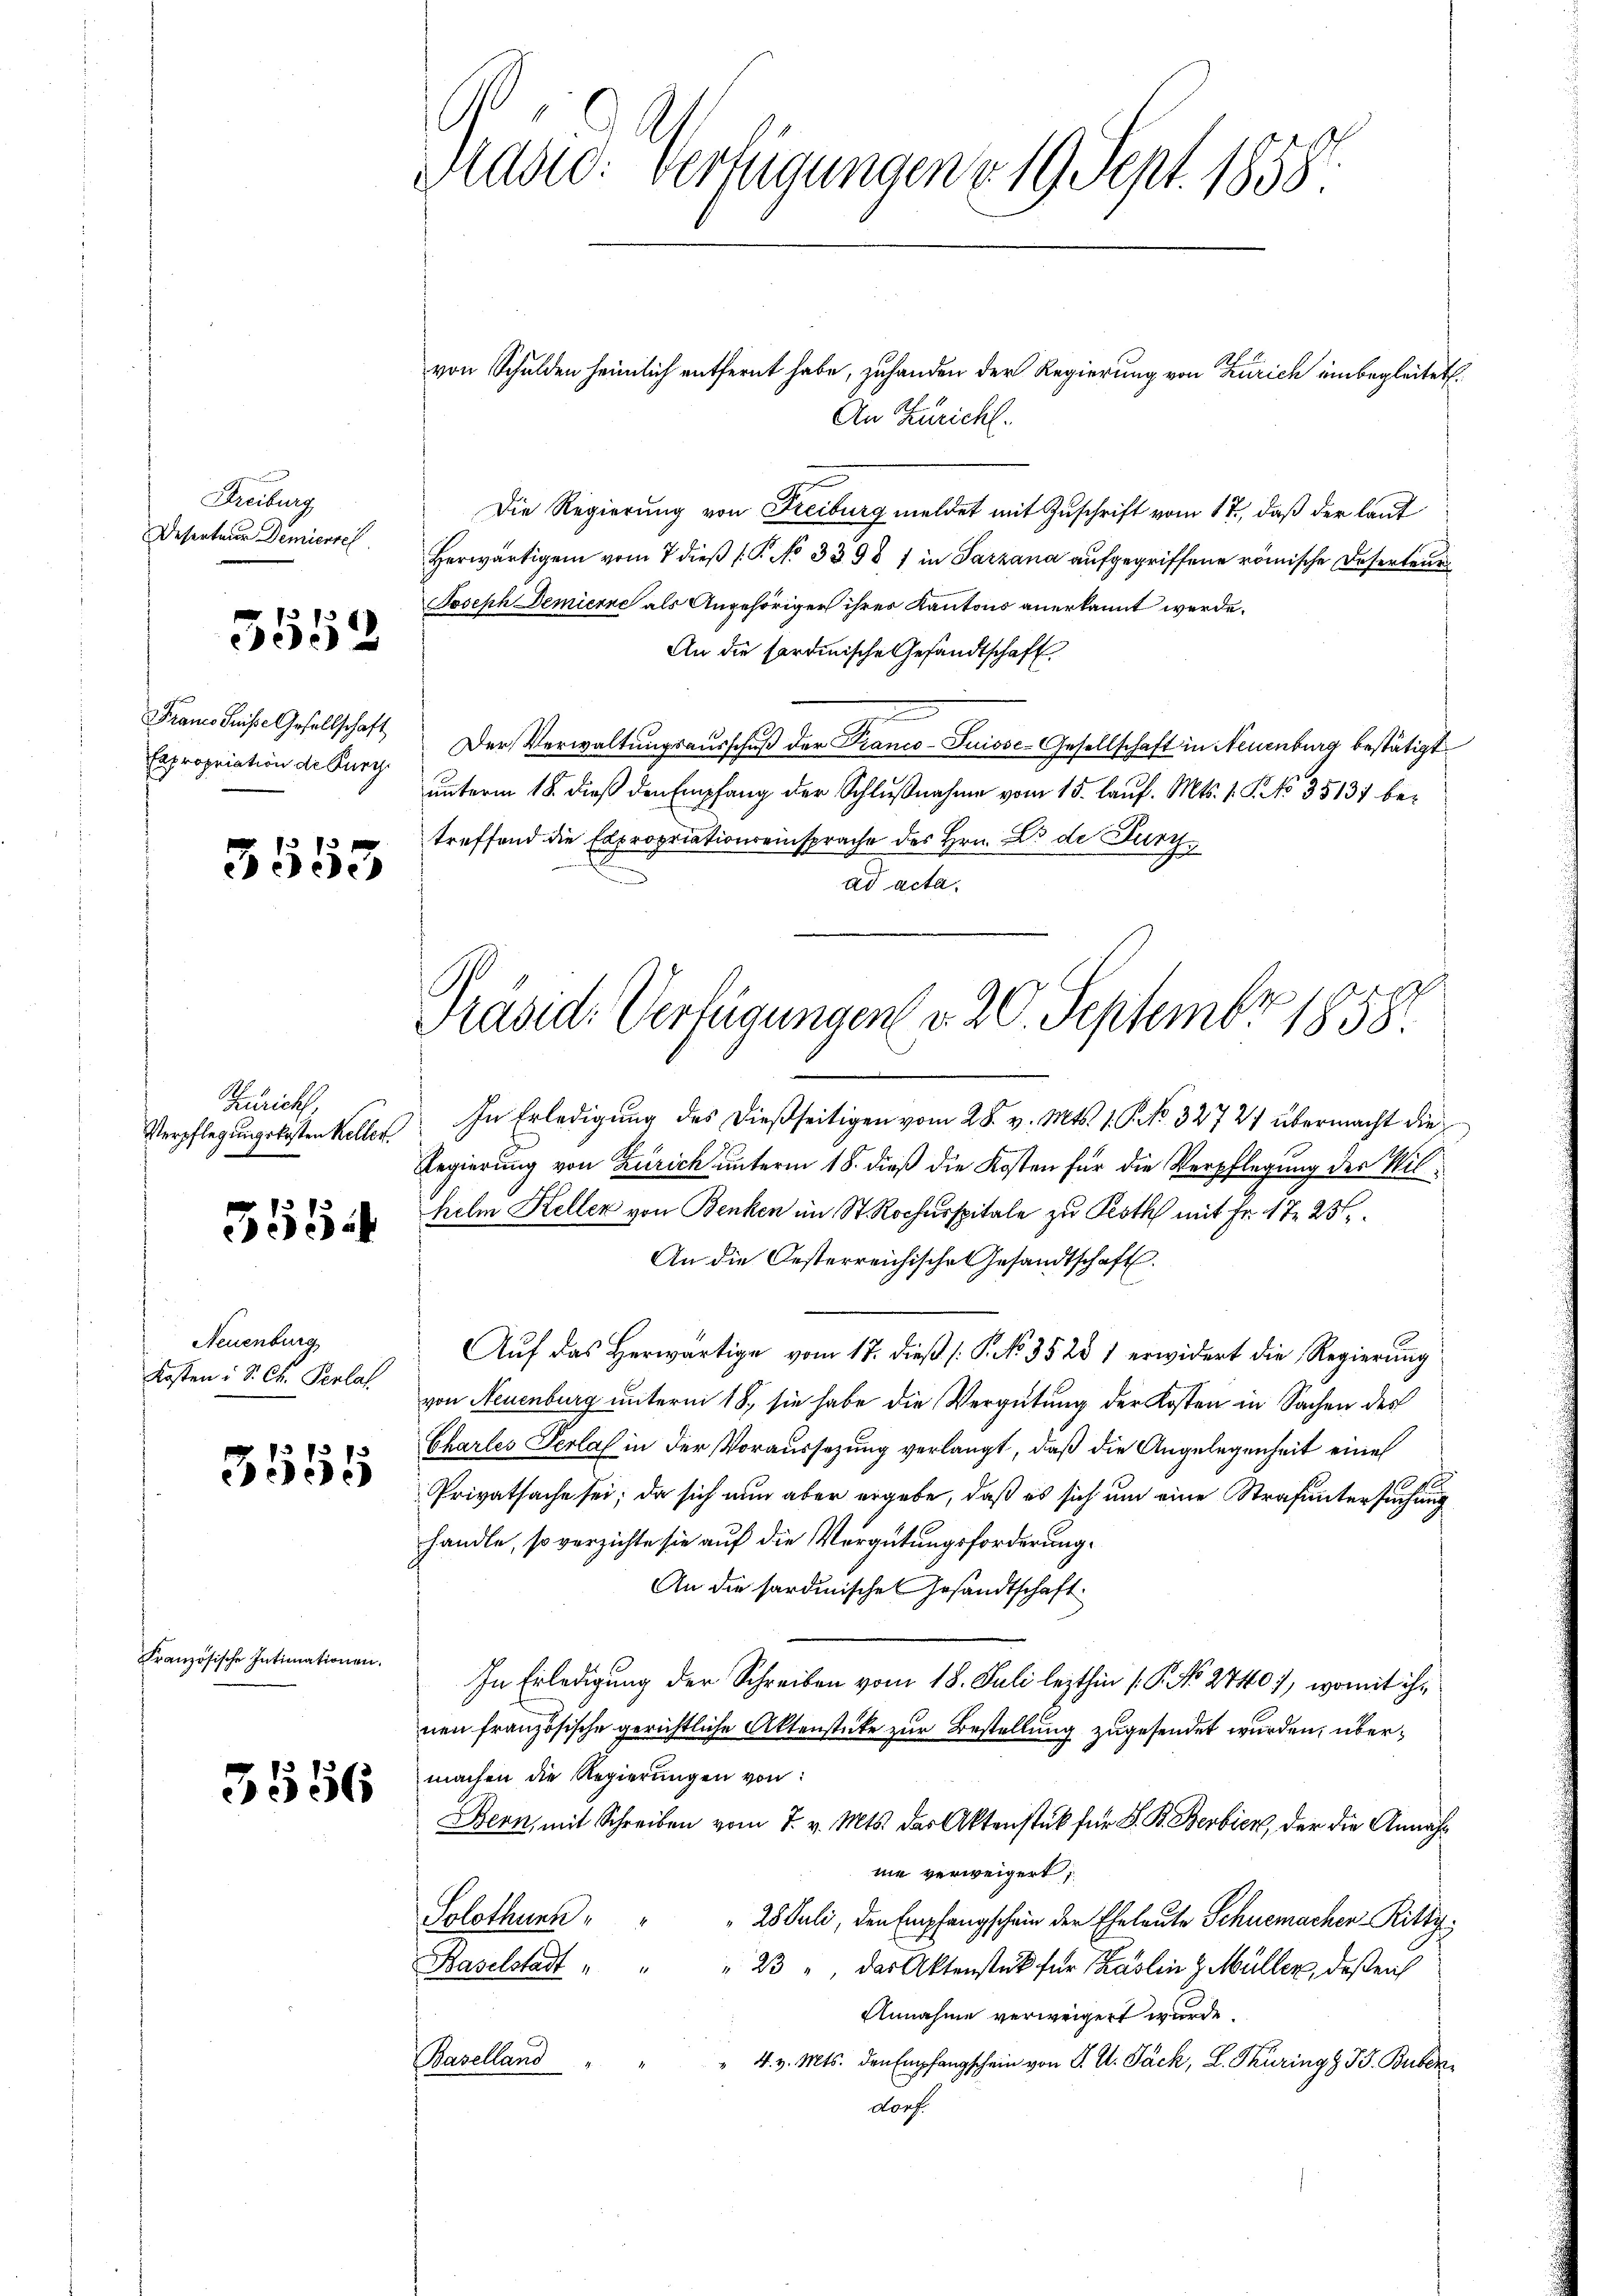
Freiburg
Deserteur Demiersel

f
2

Franco Greisse Gesellschaft
Expropriation de Burg.

3553

Zürich,
Verpflegungskosten Keller.

3554

Neuenburg
Kosten : S. Ch. Penlas

3555

Französische Intimationen.

3556

Grand. Verfügungen 19. Sept. 1858.

Präsid. Verfügungen d. 20. Septembr 1858.

von Schulden heimlich entfernt habe, zuhanden der Regierung von Zürich einbegleitet.
An Zuricht.
Die Regierung von Freiburg meldet mit Zuschrift vom 17., daß der laut
Herwärtigen vom 7 dieß (P No 3398 1 in Sarzana aufgegriffene römische Deserteur
Joseph Demierne als Angehöriger ihres Kantons anerkannt werde.
An die sardinische Gesandtschaft
Der Verwaltungsausschuß der Franco-Suiose-Gesellschaft in Neuenburg bestätigt
unterm 18. dieß den Empfang der Schlußnahme vom 15. Lauf. Mts. 1. P. No 3513 betreffend die Expropriationseinsprache des Hrn. Dr die Durchad acta.

In Erledigung des dießseitigen vom 28. v. Mts. 1. P. Nr. 32727 übermacht die
Regierung von Zürich unterm 18. dieß die Kosten für die Verpflegung der Wilhelm Keller von Benken im St. Rochusspitale zu Proth mit Fr. 17. 23
An die Oesterreichische Gesandtschaft.
Aŭf das herwärtige vom 17. dieß (P. No. 3528 1 erwidert die Regierŭng
von Neuenburg unterm 18., sie habe die Vergütung der Kosten in Sachen des
Chartes Verlas in der Voraussetzung verlangt, daß die Angelegenheit eine
Privatsache sei; da sich nun aber ergebe, daß es sich um eine Strafuntersuchung
handle, so verzichte sie auf die Vergütungsforderung¬
An die sardinische Gesandtschaft
In Erledigung der Schreiben vom 18. Juli lezthin (: P. No. 2740), womit ihnen französische gerichtliche Aktenstücke zur Bestellung zugesendet wurden, übermachen die Regierungen von:
Bern, mit Schreiben vom 7. v. Mts. das Aktenstück für S. B. Berbien, der die Annahne verweigert,
Solothurn " " " 25 Juli, den Empfangschein der Eheleute Schuemacher Ritty,
Baselstadt " " " 23 u. das Aktenstück für Phaslin z. Müller, deßenh
Annahme verweigert wurde.
Baselland
" 4. v. Mts. den Empfangschein von P. M. Pack, L. Thüring z. B. Buber
dorf.